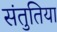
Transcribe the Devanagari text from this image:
संतुतिया